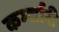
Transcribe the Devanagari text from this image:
कर्म्चारी